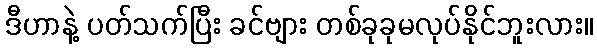
ဒီဟာနဲ့ ပတ်သက်ပြီး ခင်ဗျား တစ်ခုခုမလုပ်နိုင်ဘူးလား။